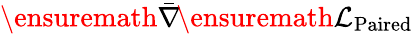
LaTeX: \ensuremath{\bar{\nabla}}\! \ensuremath{\mathcal{L}}_{\textnormal{{Paired}}}